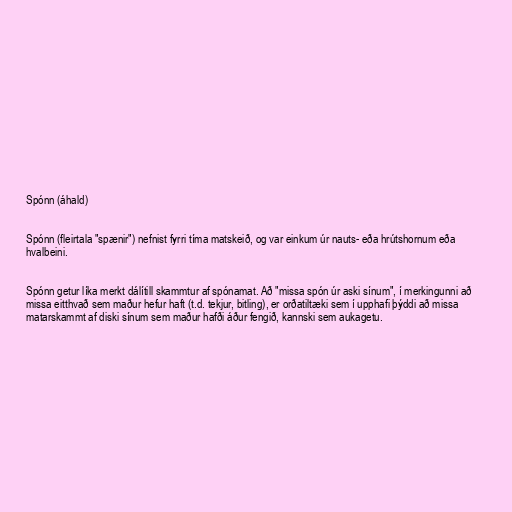
Spónn (áhald)

Spónn (fleirtala "spænir") nefnist fyrri tíma matskeið, og var einkum úr nauts- eða hrútshornum eða
hvalbeini.

Spónn getur líka merkt dálítill skammtur af spónamat. Að "missa spón úr aski sínum", í merkingunni að
missa eitthvað sem maður hefur haft (t.d. tekjur, bitling), er orðatiltæki sem í upphafi þýddi að missa
matarskammt af diski sínum sem maður hafði áður fengið, kannski sem aukagetu.